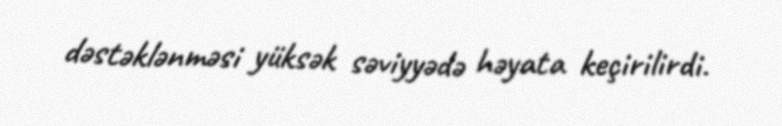
dəstəklənməsi yüksək səviyyədə həyata keçirilirdi.